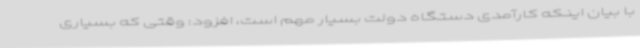
با بیان اینکه کارآمدی دستگاه دولت بسیار مهم است، افزود: وقتی که بسیاری